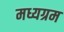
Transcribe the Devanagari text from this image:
मध्यग्रम